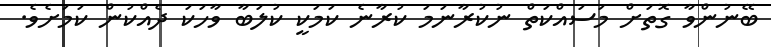
ބޭނުންވާ ގޮތަށް މަސައްކަތް ނުކުރާނަމަ ކުރާނެ ކަމަކީ ކުލަބާ ވާހަކަ ދެއްކުން ކަމަށެވެ.